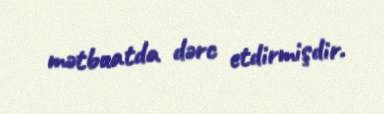
mətbuatda dərc etdirmişdir.